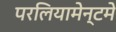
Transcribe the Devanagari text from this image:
परलियामेन्टमे